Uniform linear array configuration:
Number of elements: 12
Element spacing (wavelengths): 1
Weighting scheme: hann
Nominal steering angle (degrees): -60
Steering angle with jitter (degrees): -58.852
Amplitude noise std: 0.05
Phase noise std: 0.05

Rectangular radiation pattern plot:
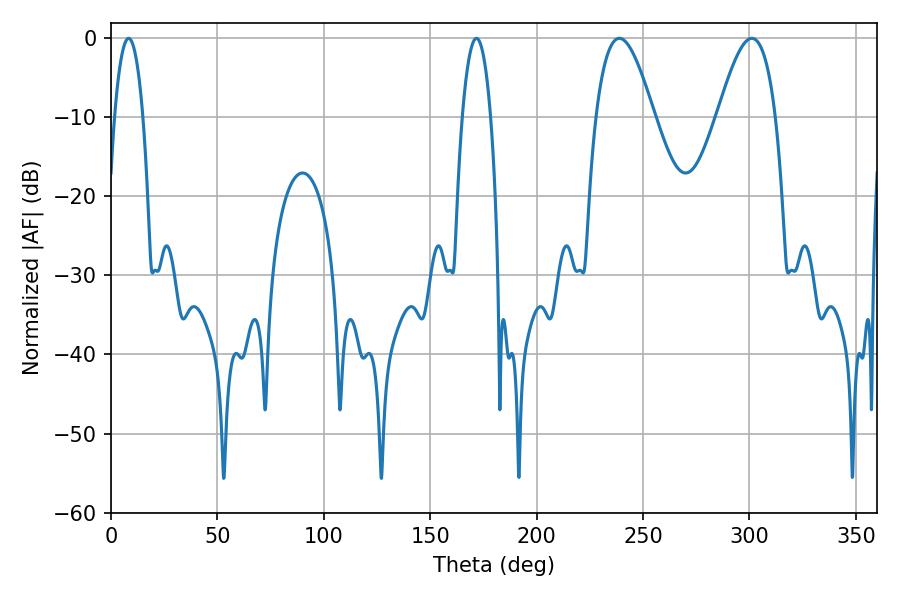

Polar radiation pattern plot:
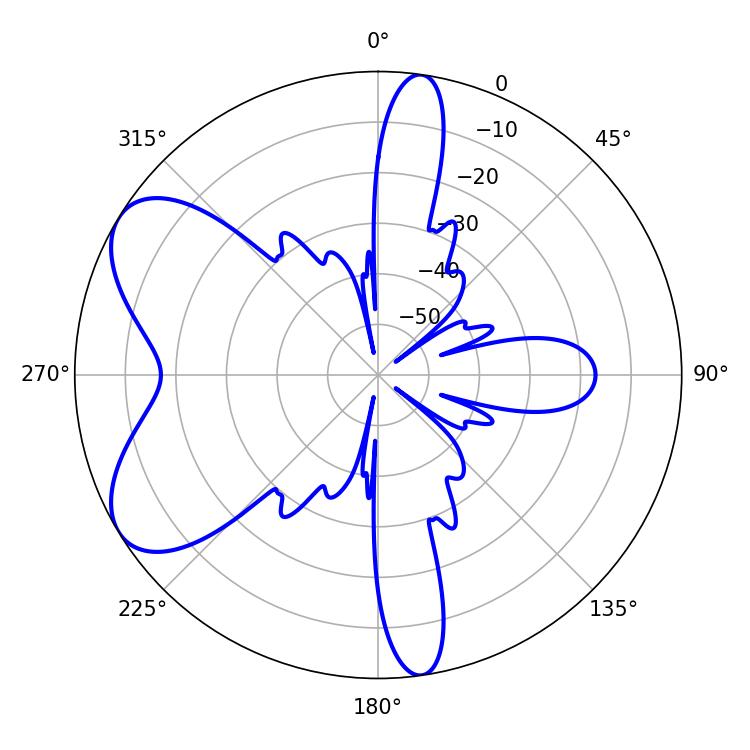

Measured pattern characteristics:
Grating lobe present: TRUE
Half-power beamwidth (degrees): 7.56
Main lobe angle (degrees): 8.28